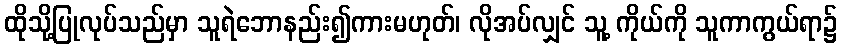
ထိုသို့ပြုလုပ်သည်မှာ သူရဲဘောနည်း၍ကားမဟုတ်၊ လိုအပ်လျှင် သူ့ ကိုယ်ကို သူကာကွယ်ရာ၌